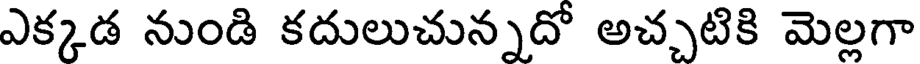
ఎక్కడ నుండి కదులుచున్నదో అచ్చటికి మెల్లగా